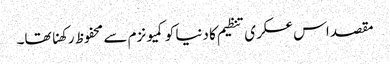
مقصد اس عسکری تنظیم کا دنیا کو کمیونزم سے محفوظ رکھنا تھا۔